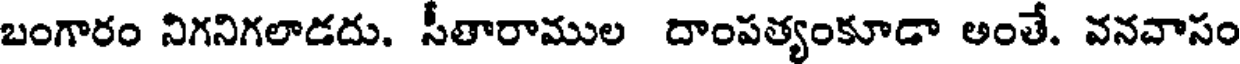
బంగారం నిగనిగలాడదు. సీతారాముల దాంపత్యంకూడా అంతే. వనవాసం